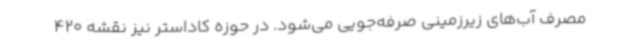
مصرف آب‌های زیرزمینی صرفه‌جویی می‌شود. در حوزه کاداستر نیز نقشه 420